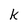
Character: k